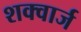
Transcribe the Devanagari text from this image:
शक्वार्ज